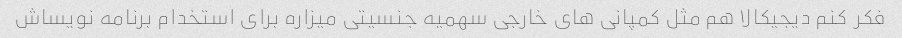
فکر کنم دیجیکالا هم مثل کمپانی های خارجی سهمیه جنسیتی میزاره برای استخدام برنامه نویساش